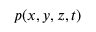
p ( x , y , z , t )